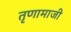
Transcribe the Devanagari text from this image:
तृणामाजी